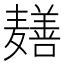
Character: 𬹎